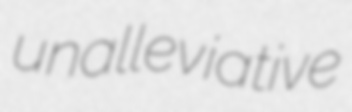
unalleviative